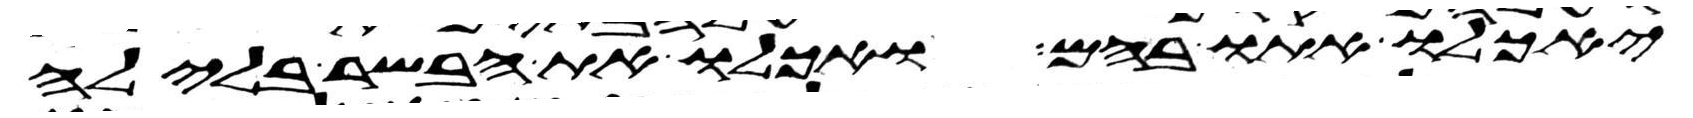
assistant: יאכלו אתו בהם ואכלו את הבשר בלילה